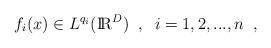
LaTeX: \begin{align*}f_i(x) \in L^{q_i}(\mbox{I\hspace{-0.62mm}R}^D)\; \; , \; \; i = 1,2,...,n \; \; ,\end{align*}